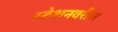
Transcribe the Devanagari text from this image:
स्टेशनवरील